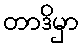
တာဒိမှာ